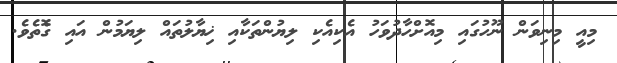
މިއީ މިނިވަން ނޫހުގައި މިއޮށްހާދުވަހު އެކިއެކި ލިޔުންތަކާއި ޚިޔާލުތައް ލިޔަމުން އައި ގޮެތެވެ.